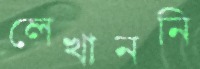
লেখাননি